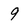
Character: 9